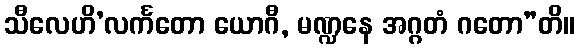
သီလေဟိ’လင်္ကတော ယောဂီ, မဏ္ဍနေ အဂ္ဂတံ ဂတော”တိ။